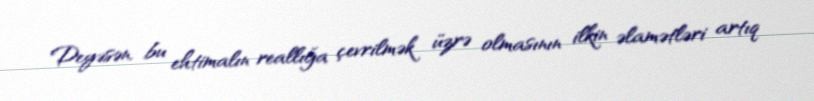
Deyəsən, bu ehtimalın reallığa çevrilmək üzrə olmasının ilkin əlamətləri artıq